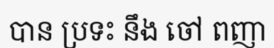
បាន ប្រទះ នឹង ចៅ ពញា